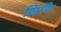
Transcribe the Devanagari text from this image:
सियि